Leningradi_Edasi_toimetus, lk 103
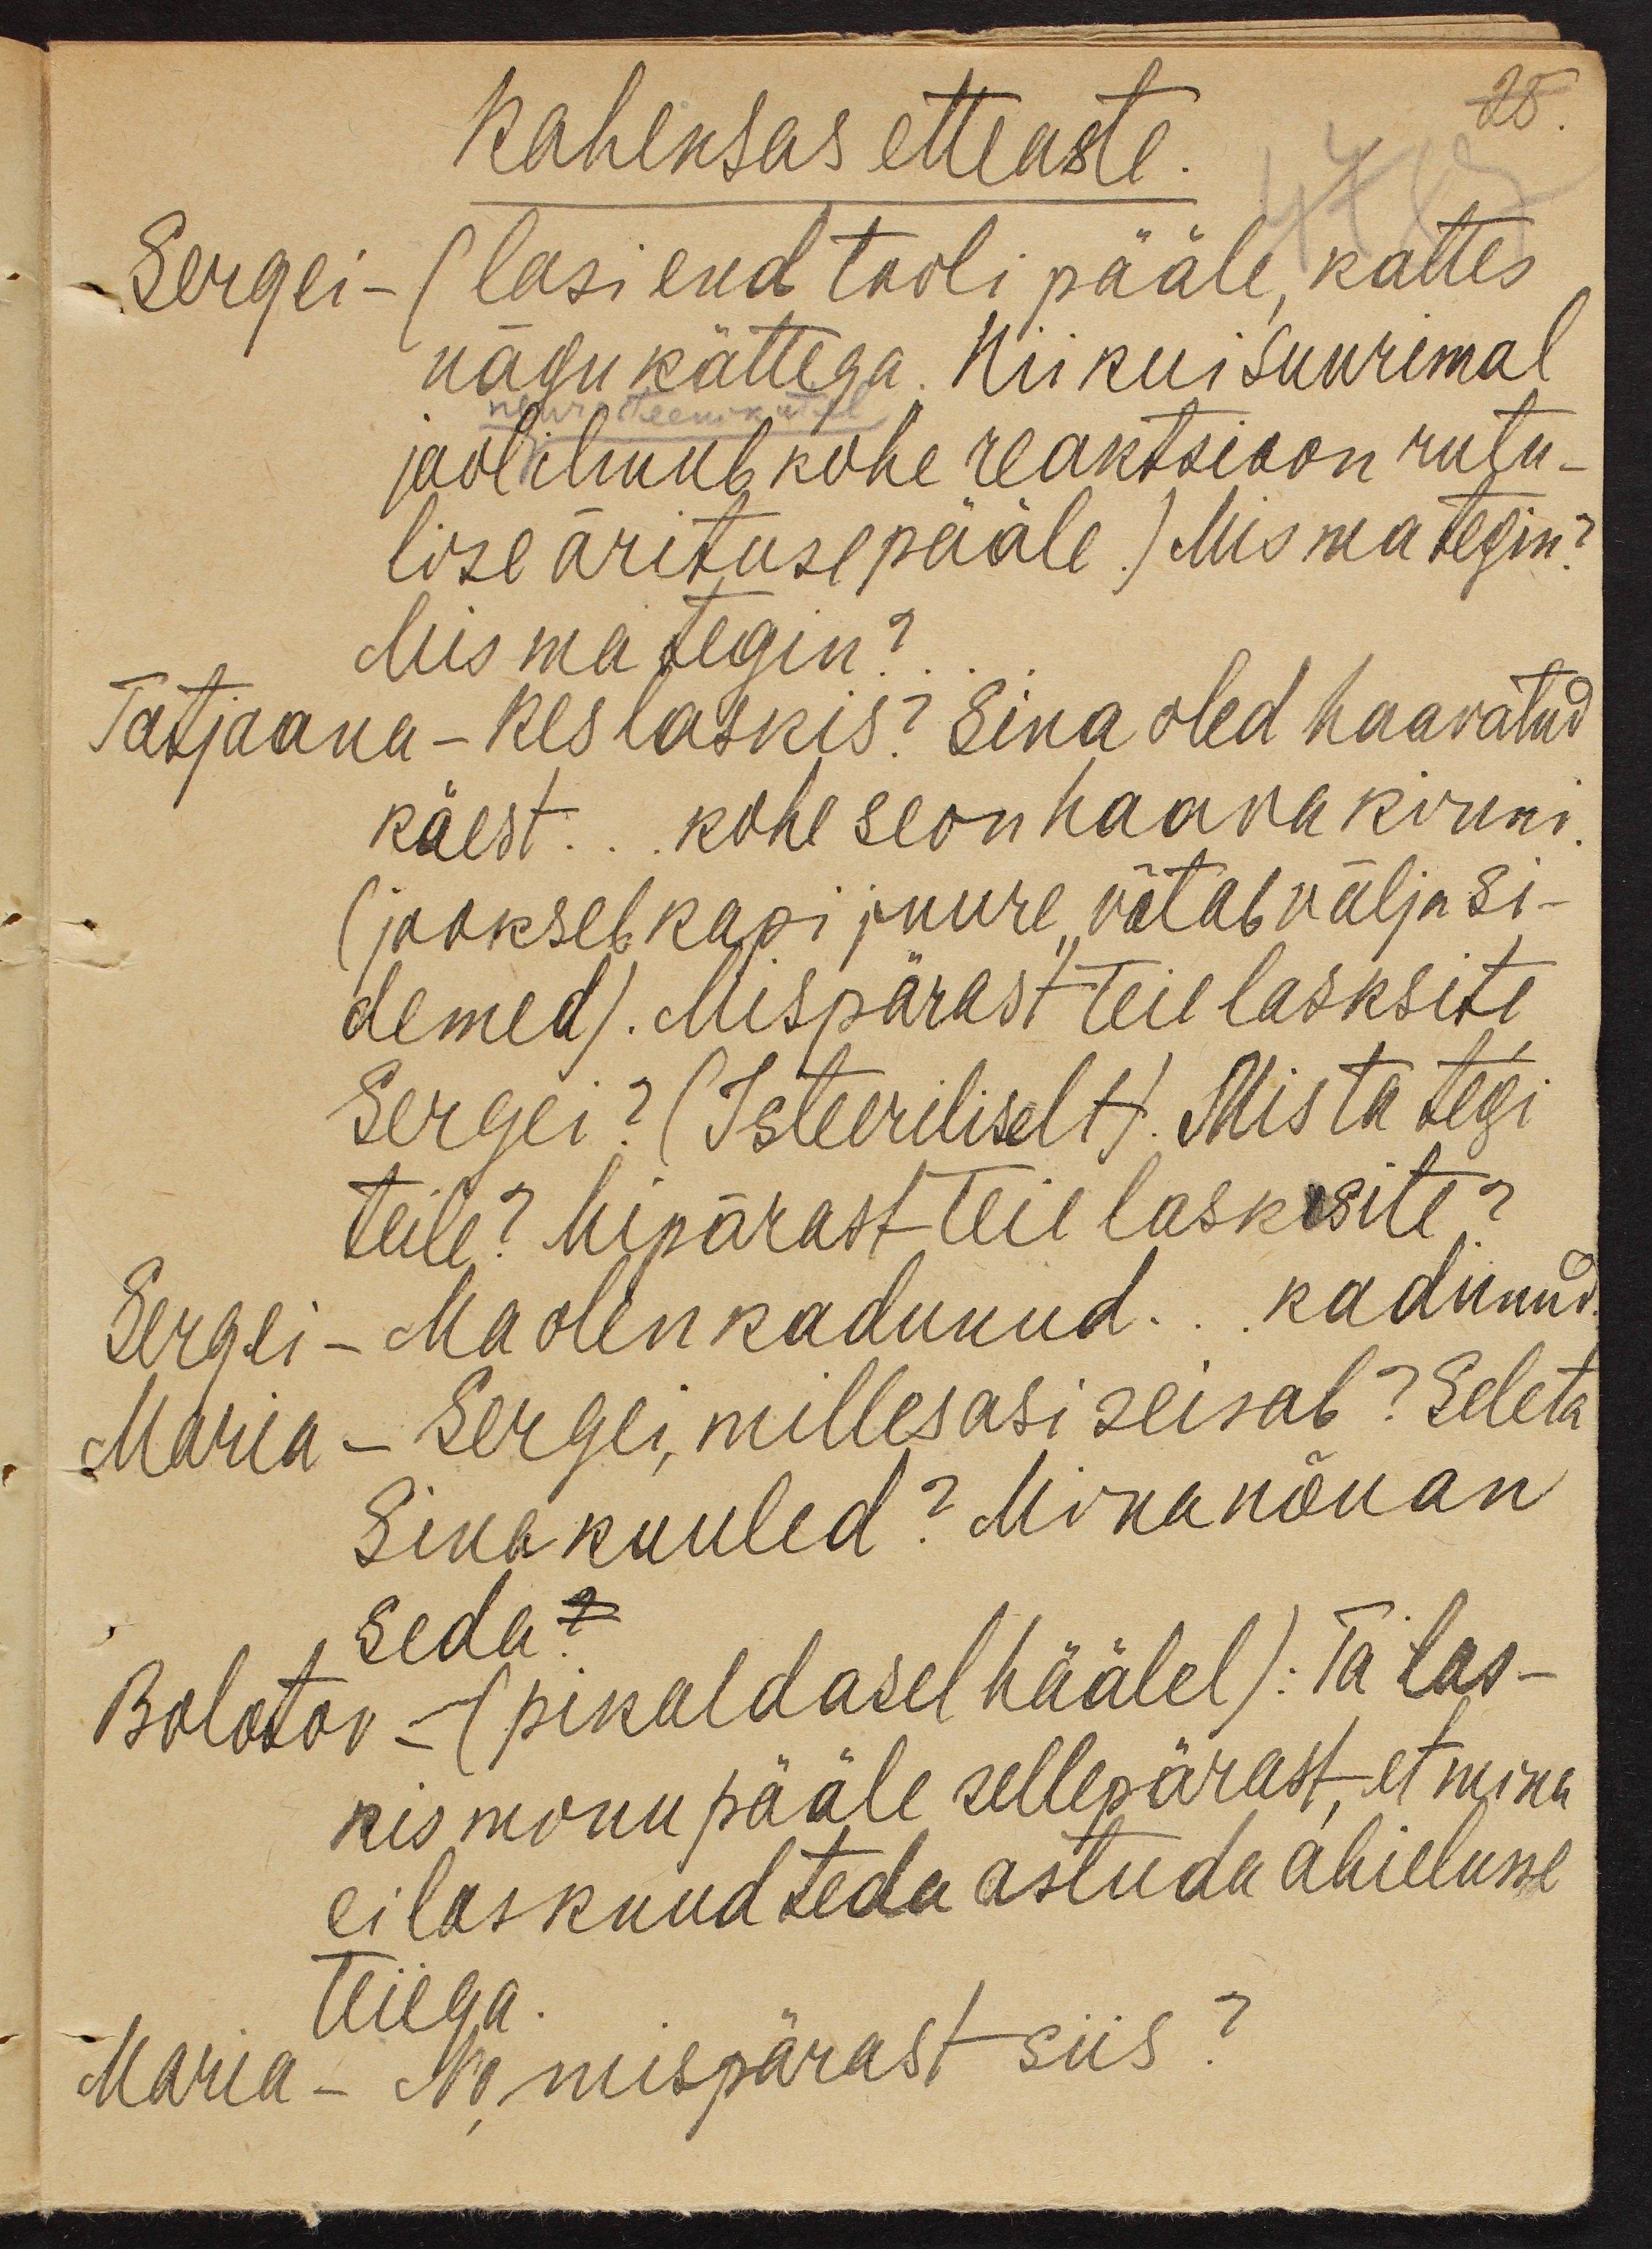
Kaheksas etteaste.
Sergei -
(lasi end tooli pääle, kattes
nägu kättega. Nii kui suurimal
neurasteenikutel
jaol ilmub kohe reaktsioon rutu-
lise ärituse pääle.) Mis ma tegin?
Mis ma tegin?
Tatjaana - Kes laskis? Sina oled haavatud
käest ... kohe seon haava kinni
(jookseb kapi juure, võtab välja si-
demed). Mispärast teie lasksite
Sergei? (Isteeriliselt). Mis ta tegi
teile? Mipärast teie lasksite?
Sergei - Ma olen kadunud... kadunud.
Maria
- Sergei, milles asi seisab? Seleta
Sina kuuled? Mina nõuan
seda?
Bolotov - (pikaldasel häälel): Ta las-
kis minu pääle sellepärast, et mina
ei lasknud teda astuda abielusse
teiega
Maria - No, mispärast siis?